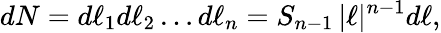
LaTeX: dN=d\ell_{1}d\ell_{2}\dots d\ell_{n}=S_{n-1}\, |\ell|^{n-1}d\ell,